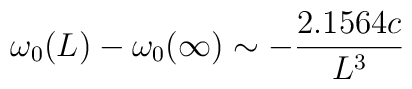
\omega_0 (L) - \omega_0 (\infty ) \sim - {2.1564 c\over L^3}